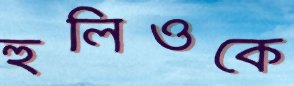
হুলিওকে